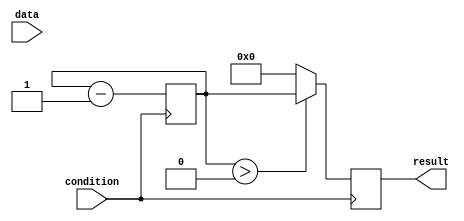
module behavioral_loop (
    input wire condition,
    input wire [7:0] data,
    output reg [7:0] result
);

reg [7:0] temp_result;
integer i;

always @ (posedge condition) begin
    for (i = 0; i < 10; i = i + 1) begin
        if (data[i] == 1) begin
            temp_result <= temp_result + 1;
        end else begin
            temp_result <= temp_result - 1;
        end
    end
    
    if (temp_result > 0) begin
        result <= temp_result;
    end else begin
        result <= 0;
    end
end

endmodule